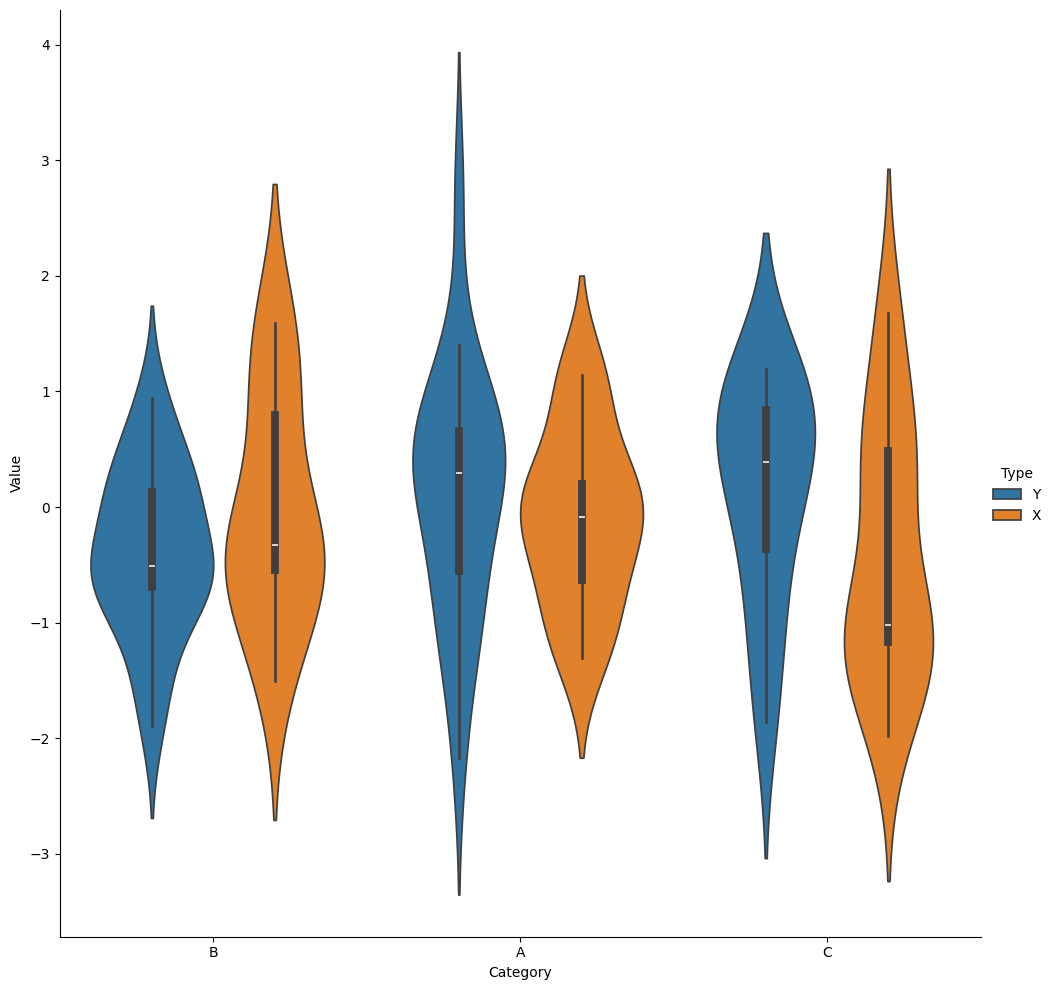
python, seaborn, catplot, kind='violin', height=10, aspect=1